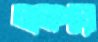
লালপাড়